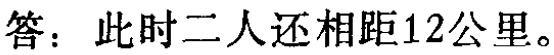
答：此时二人还相距12公里。